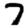
Digit: 7